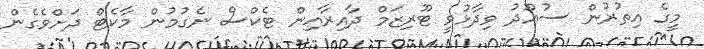
މީގެ އިތުރުން ސުއޫދު ވިދާޅުވީ ޓޫރިޒަމް ދާއިރާއިން ޓެކްސް ނެގުމުން މާކެޓް ދަށްވެގެން